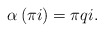
\begin{align*} \alpha \left( \pi i \right) = \pi qi. \end{align*}